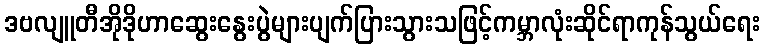
ဒဗလျူတီအိုဒိုဟာဆွေးနွေးပွဲများပျက်ပြားသွားသဖြင့်ကမ္ဘာလုံးဆိုင်ရာကုန်သွယ်ရေး